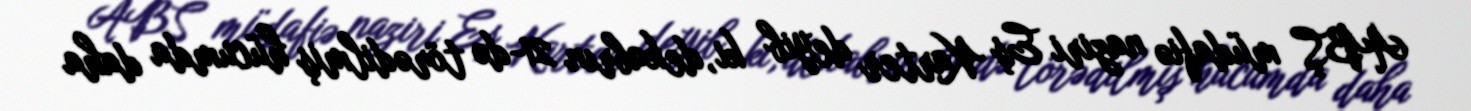
ABŞ müdafiə naziri Eş Karter deyib ki, dekabrın 21-də törədilmiş hücumda daha